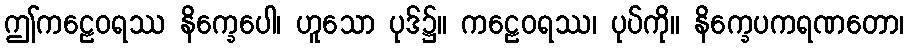
ဤကဠေဝရဿ နိက္ခေပေါ၊ ဟူသော ပုဒ်၌။ ကဠေဝရဿ၊ ပုပ်ကို။ နိက္ခေပကရဏတော၊